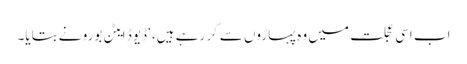
اب اسی عجلت میں وہ پہاڑوں سے گر رہے ہیں،‘ ڈیوڈ ایٹن بورو نے بتایا۔